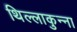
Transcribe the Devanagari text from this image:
थिल्लाकुन्ना